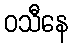
ဝသီနေ